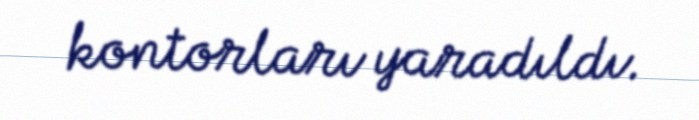
kontorları yaradıldı.